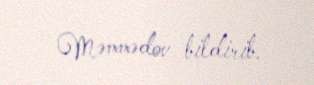
Məmmədov bildirib.